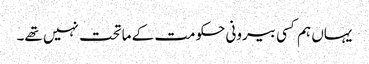
یہاں ہم کسی بیرونی حکومت کے ماتحت نہیں تھے۔